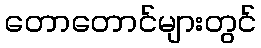
တောတောင်များတွင်